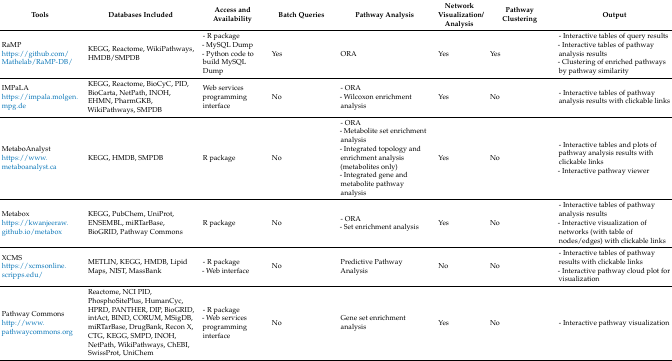
| Tools | Databases Included | Access and Availability | Batch Queries | Pathway Analysis | Network Visualization/Analysis | Pathway Clustering | Output |
 | --- | --- | --- | --- | --- | --- | --- | --- |
 | RaMPhttps://github.com/Mathelab/RaMP-DB/ | KEGG, Reactome, WikiPathways, HMDB/SMPDB | - R package- MySQL Dump- Python code to build MySQL Dump | Yes | ORA | Yes | Yes | - Interactive tables of query results- Interactive tables of pathway analysis results- Clustering of enriched pathways by pathway similarity |
 | IMPaLAhttps://impala.molgen.mpg.de | KEGG, Reactome, BioCyC, PID, BioCarta, NetPath, INOH, EHMN, PharmGKB, WikiPathways, SMPDB | Web services programming interface | No | - ORA- Wilcoxon enrichment analysis | Yes | No | - Interactive tables of pathway analysis results with clickable links |
 | MetaboAnalysthttps://www.metaboanalyst.ca | KEGG, HMDB, SMPDB | R package | No | - ORA- Metabolite set enrichment analysis- Integrated topology and enrichment analysis (metabolites only)- Integrated gene and metabolite pathway analysis | Yes | No | - Interactive tables and plots of pathway analysis results with clickable links- Interactive pathway viewer |
 | Metaboxhttps://kwanjeeraw.github.io/metabox | KEGG, PubChem, UniProt, ENSEMBL, miRTarBase, BioGRID, Pathway Commons | R package | No | - ORA- Set enrichment analysis | Yes | No | - Interactive tables of pathway analysis results- Interactive visualization of networks (with table of nodes/edges) with clickable links |
 | XCMShttps://xcmsonline.scripps.edu/ | METLIN, KEGG, HMDB, Lipid Maps, NIST, MassBank | - R package- Web interface | No | Predictive Pathway Analysis | No | No | - Interactive tables of pathway results with clickable links- Interactive pathway cloud plot for visualization |
 | Pathway Commonshttp://www.pathwaycommons.org | Reactome, NCI PID, PhosphoSitePlus, HumanCyc, HPRD, PANTHER, DIP, BioGRID, intAct, BIND, CORUM, MSigDB, miRTarBase, DrugBank, Recon X, CTG, KEGG, SMPD, INOH, NetPath, WikiPathways, ChEBI, SwissProt, UniChem | - R package- Web services programming interface | No | Gene set enrichment analysis | Yes | No | - Interactive pathway visualization |